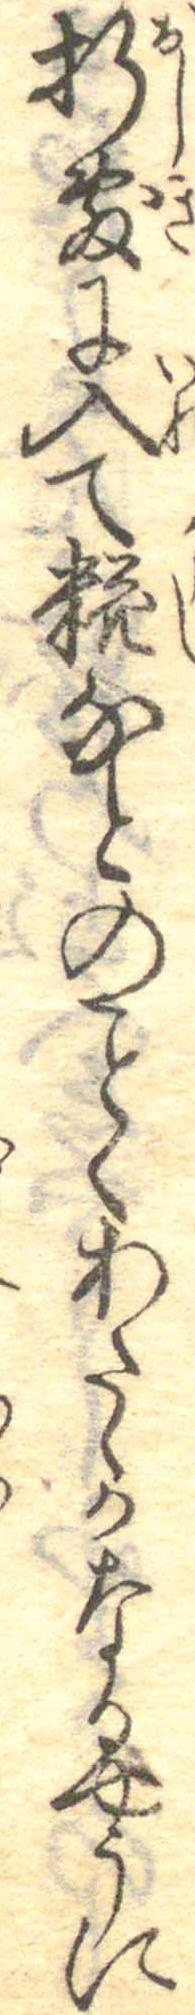
折敷に入て糀なとのくあたゝかなるやうに